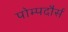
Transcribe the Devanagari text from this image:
पोम्पदौर्स